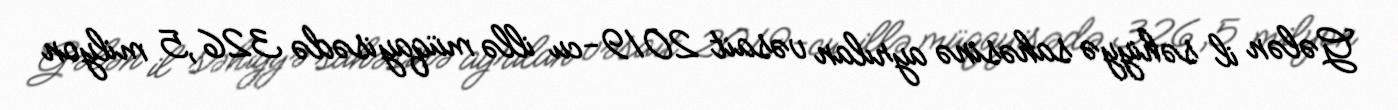
Gələn il səhiyyə sahəsinə ayrılan vəsait 2019-cu illə müqayisədə 326,5 milyon